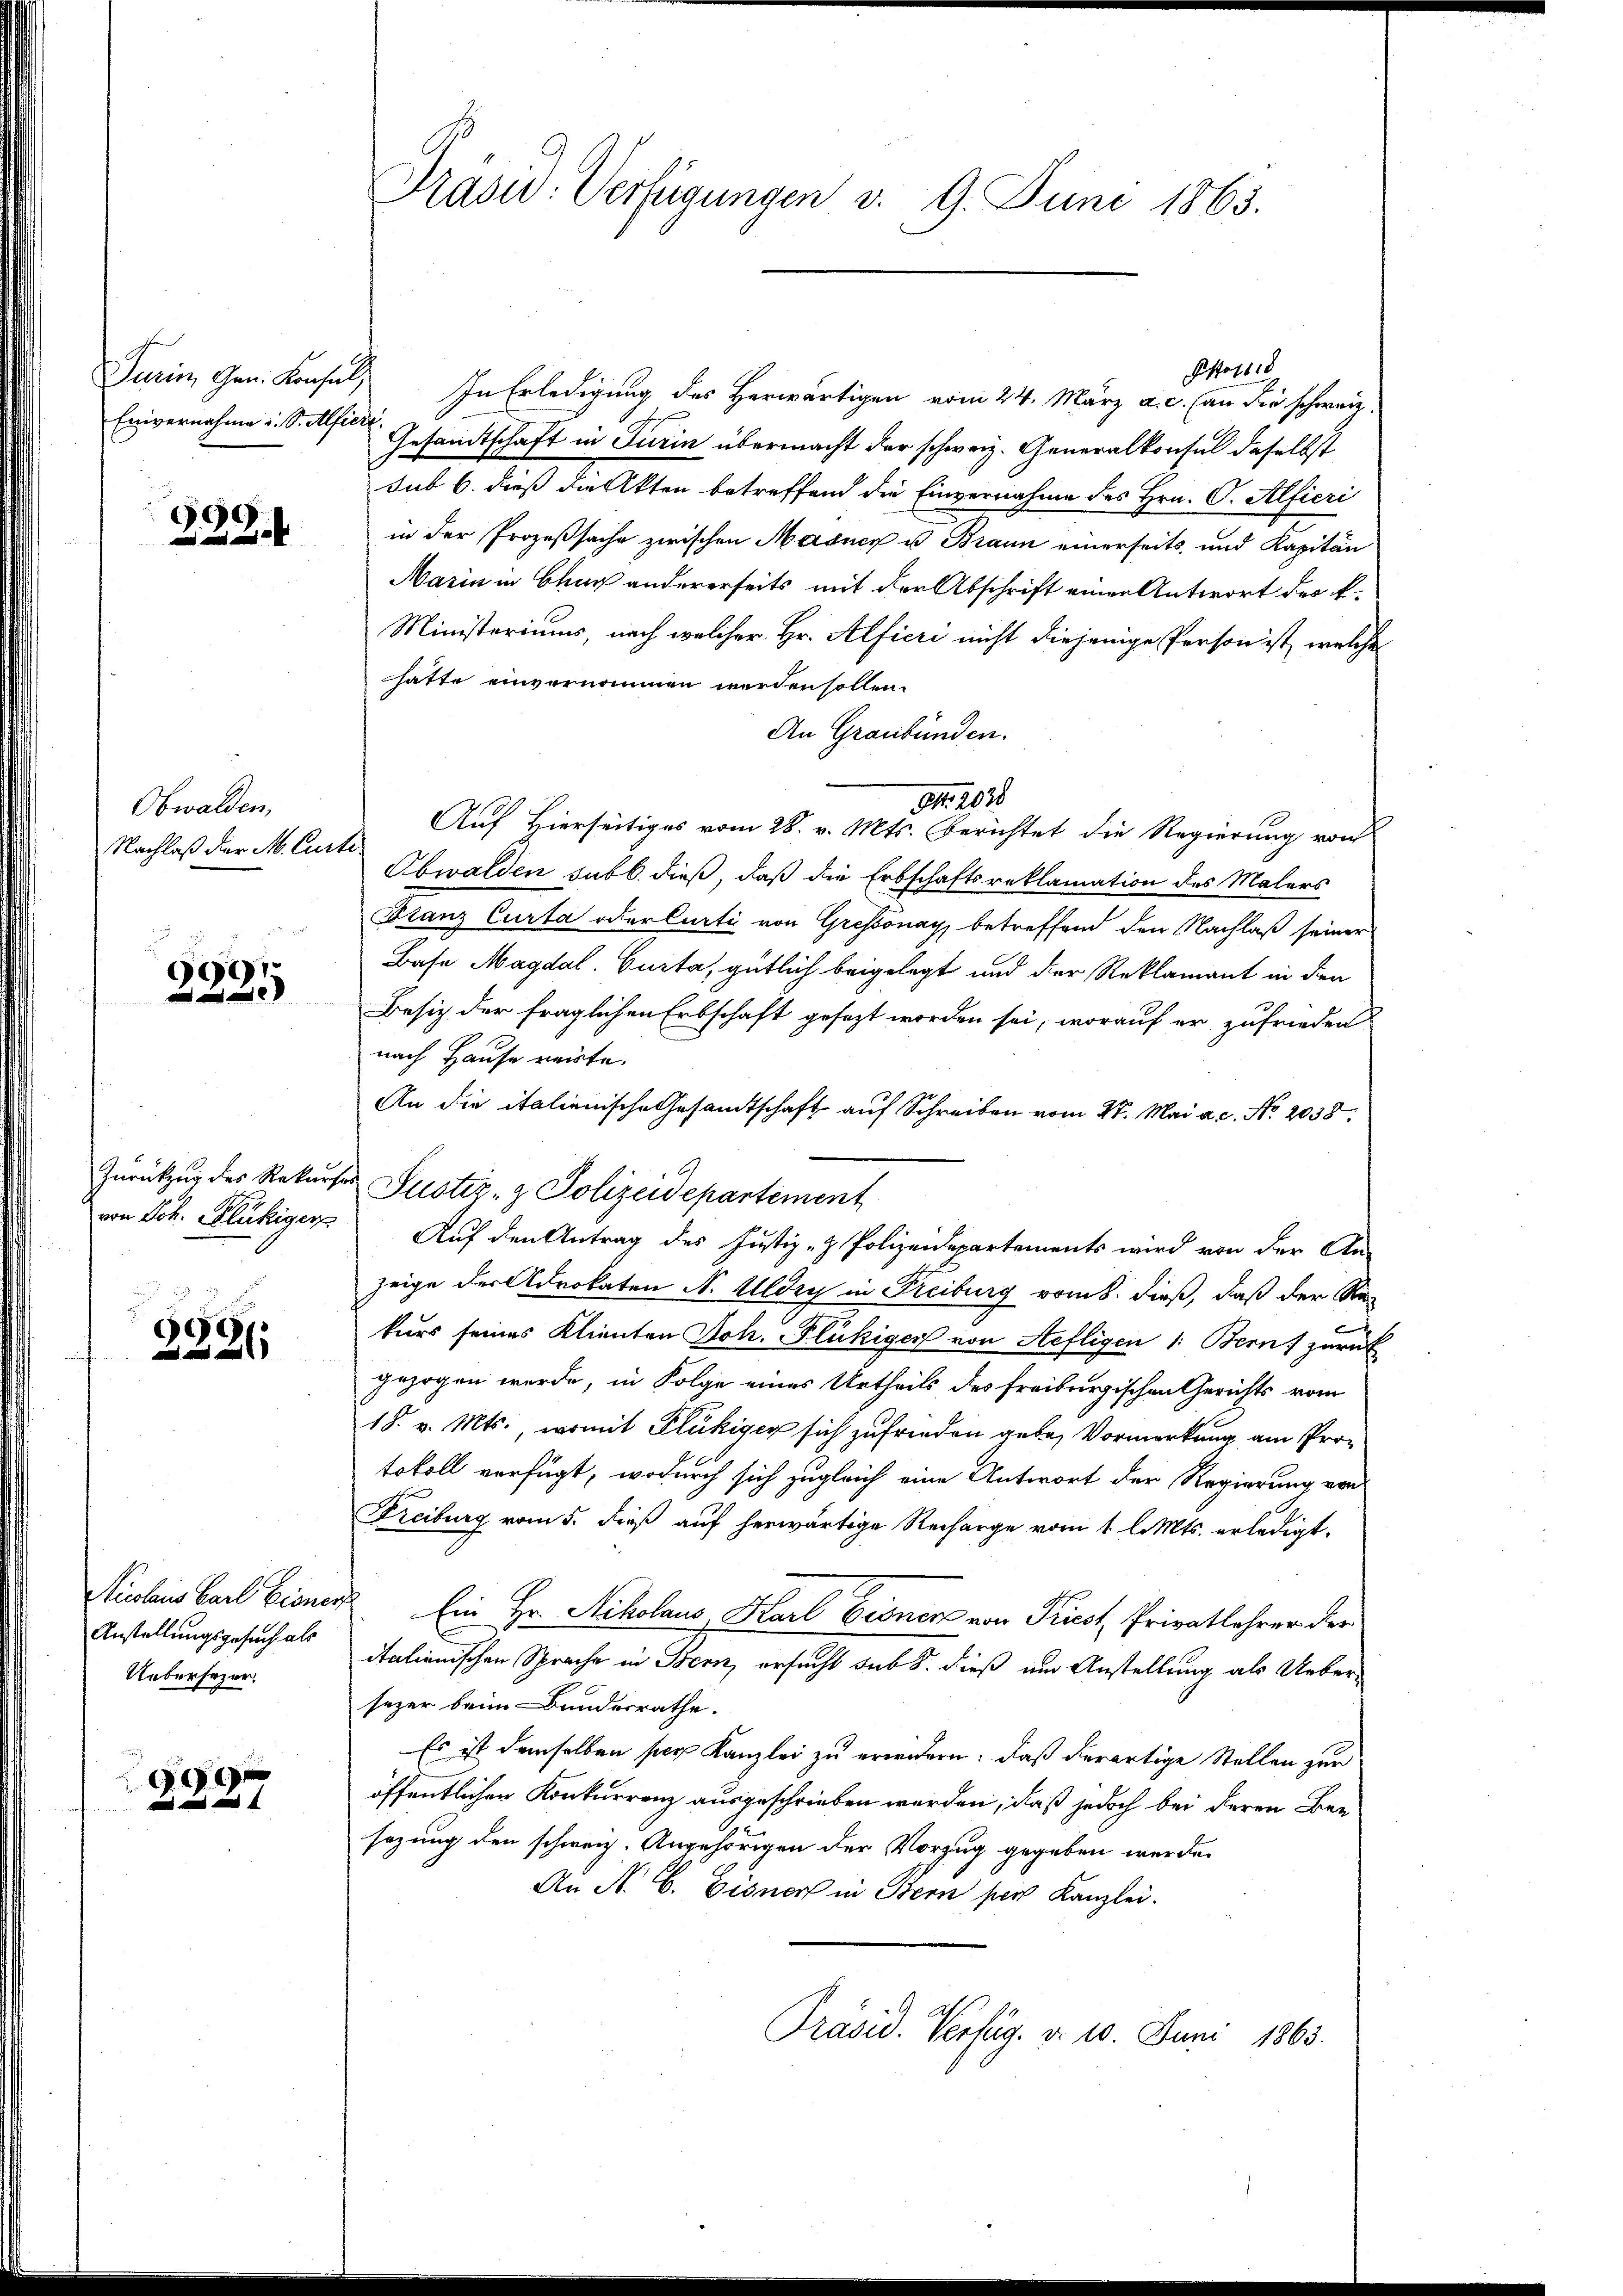
Envernahme u. S. Alfiert.

69

Obwalden,
Nachlaß der M. Curti

90)
e

Zurückzug des Rekurser
von Joh. Flückiger

0
2

ticolaus Carl Biener
Anstellungsgesuch als
Uebersezer.

2827

Präsid. Verfügungen v. 9. Juni 1865.

Post 18
Turin, Gen. Konsul, In Erledigung des Herwärtigen vom 24. März a. c. an die schweiz.
Gesandtschaft in Turin übermacht der schweiz. Generalkonsul daselbst
sub 6. dieß die Akten betreffend die Einvernahme des Hrn. O. Alfieri
in der Prozeßsache zwischen Masner u Braun einerseits, und Kapitän
Marin in Chur andererseits mit der Abschrift einer Antwort des k.
Ministeriums, nach welcher Hr. Alfieri nicht diejenige Person ist, welche
hatte einvernommen werden sollen.
An Graubünden.
94. 2020
Auf Hierseitiges vom 28. v. Mts. Berichtet die Regierung von
Obwalden sub b. dieß, daß die Erbschaftsreklamation des Malers
Franz Curta oder Curti von Grossonay, betreffend den Nachlaß seiner
Base Magdal. Curta, gütlich beigelegt und der Reklamant in den
Besitz der fraglichen Erbschaft gesezt worden sei, worauf er zufrieden
nach Hause weite.
An die italienische Gesandtschaft auf Schreiben vom 27. Mai a.c. No. 2038.
Justiz- & Polizeidepartement
Auf den Antrag des Justiz- & Polizeidepartements wird von der An-
zeige der Advokaten N. Uldig in Freiburg vom 8. dieß, daß der Rekurs seines Klienten Joh. Flückiger von Hefligen 1: Bern zurück
gezogen werde, in Folge eines Urtheils des Freiburgischen Gerichts vom
18. v. Mts., womit Flückiger sich zufrieden gebe, Vormerkung am Protokoll verfügt, wodurch sich zugleich eine Antwort der Regierung von
Freiburg vom 5. dieß auf herwärtige Recharge vom 1 l. Mts. erledigt.
Ein Hr. Nikolaus, Karl Gionen von Priest, Privatlehrer der
itationischen Sprache in Bern, ersucht sub 8. dieß um Anstellung als Uebersezer beim Bundesrathe.
Es ist demselben per Kanzlei zu erwidern: daß derartige Stellen zur
öffentlichen Konkurrenz ausgeschrieben werden, daß jedoch bei deren Ber-
sazung den schweiz. Angehörigen der Vorzug gegeben werde.
An N. B. Eisnorf in Bern pers Kanzlei.
Präsid. Verfüg. d. 10. Juni 1863.